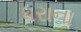
ધરાના